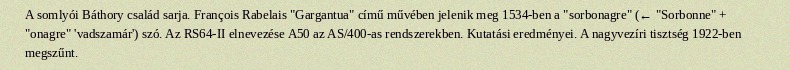
A somlyói Báthory család sarja. François Rabelais "Gargantua" című művében jelenik meg 1534-ben a "sorbonagre" (← "Sorbonne" + "onagre" 'vadszamár') szó. Az RS64-II elnevezése A50 az AS/400-as rendszerekben. Kutatási eredményei. A nagyvezíri tisztség 1922-ben megszűnt.